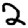
Digit: 2